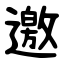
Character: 邀